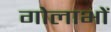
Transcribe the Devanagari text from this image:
गोलाभों